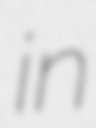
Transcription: in